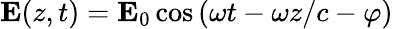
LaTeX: \mathbf{E}(z,t)=\mathbf{E}_{0}\cos{(\omega t-\omega z/c-\varphi)}